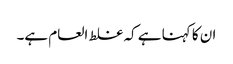
ان کا کہنا ہے کہ غلط العام ہے۔